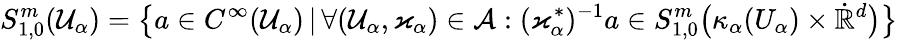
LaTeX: S_{1,0}^{m}(\mathcal{U}_{\alpha})=\big\{ a\in C^{\infty}(\mathcal{U}_{\alpha})\, |\, \forall(\mathcal{U}_{\alpha},\varkappa_{\alpha})\in\mathcal{A}:(\varkappa_{\alpha}^{*})^{-1}a\in S_{1,0}^{m}\big(\kappa_{\alpha}(U_{\alpha})\times\dot{\mathbb{R}}^{d}\big)\big\}